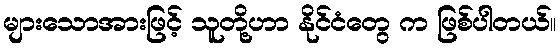
များသောအားဖြင့် သူတို့ဟာ နိုင်ငံတွေ က ဖြစ်ပါတယ်။